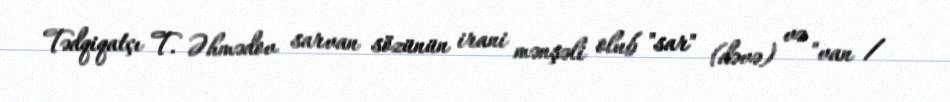
Tədqiqatçı T. Əhmədov sarvan sözünün irani mənşəli olub "sar" (dəvə) və "van /